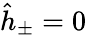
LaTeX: \hat{h}_{\pm}=0